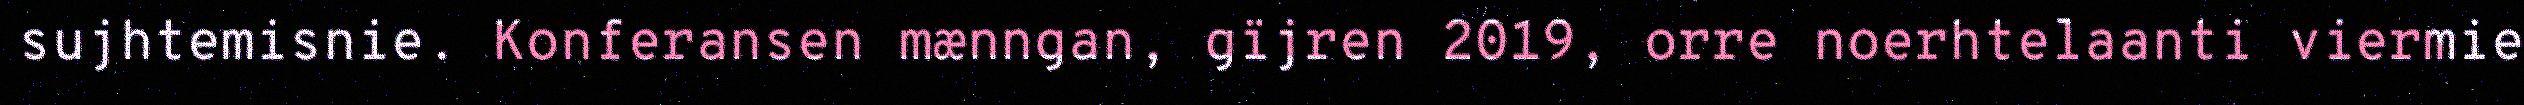
sujhtemisnie. Konferansen mænngan, gïjren 2019, orre noerhtelaanti viermie